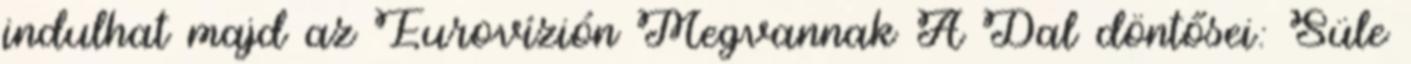
indulhat majd az Eurovízión Megvannak A Dal döntősei: Süle